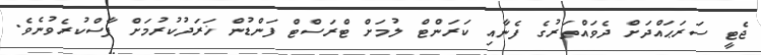
ޖެޓީ ސަރަޙައްދަށް ދެވައްތަރުގެ ފެނާއި ކަރަންޓް ލުމަށް ޓްރަސްޓް ފަންޑުން ޚަރަދުކުރުމަށް ފާސްކުރެވުނެވެ.